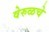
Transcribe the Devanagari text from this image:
वेरुळचे